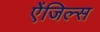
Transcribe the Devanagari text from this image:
ऐंजिल्स